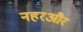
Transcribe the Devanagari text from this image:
नहरऔर